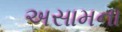
અસામના